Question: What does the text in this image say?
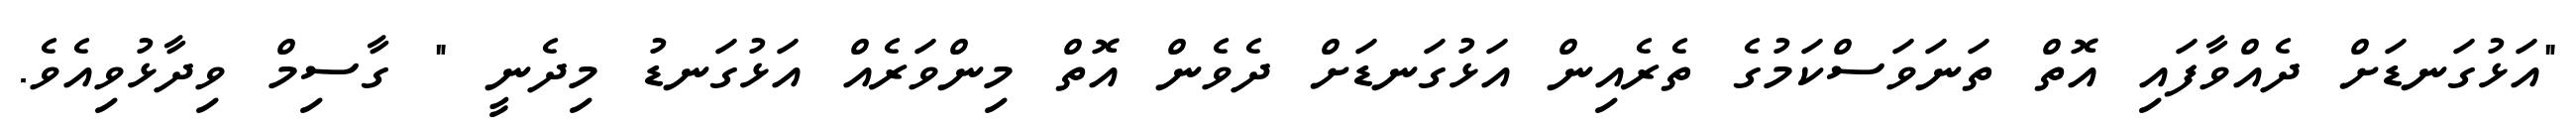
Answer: "އަޅުގަނޑަށް ދެއްވާފައި އޮތް ތަނަވަސްކަމުގެ ތެރެއިން އަޅުގަނޑަށް ދެވެން އޮތް މިންވަރެއް އަޅުގަނޑު މިދެނީ " ގާސިމް ވިދާޅުވިއެވެ.